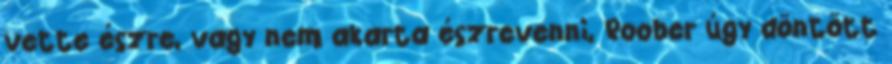
vette észre, vagy nem akarta észrevenni, Roober úgy döntött